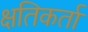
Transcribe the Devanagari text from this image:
क्षतिकर्ता